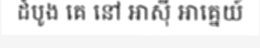
ដំបូង គេ នៅ អាស៊ី អាគ្នេយ៍